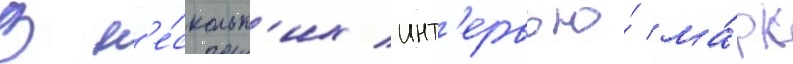
В н'е́скольк'их инт'ервью́ ма́рк